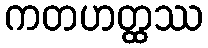
ကတဟတ္ထဿ